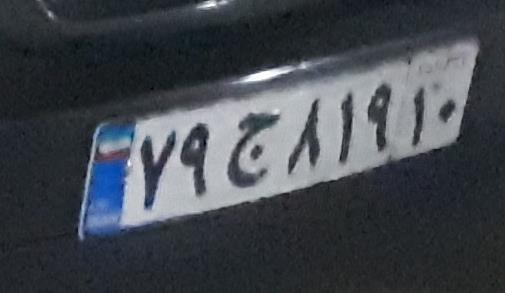
۷۹ج۸۱۹۱۰